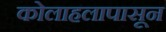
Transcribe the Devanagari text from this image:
कोलाहलापासून